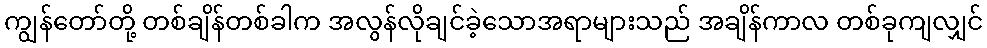
ကျွန်တော်တို့ တစ်ချိန်တစ်ခါက အလွန်လိုချင်ခဲ့သောအရာများသည် အချိန်ကာလ တစ်ခုကျလျှင်